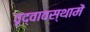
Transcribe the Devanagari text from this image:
वृद्वावस्थामें